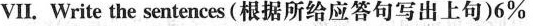
vII. Write the sentences(根据所给应答句写出上句)6%